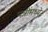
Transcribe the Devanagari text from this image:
पत्रींमध्ये